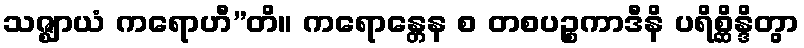
သဇ္ဈာယံ ကရောဟီ”တိ။ ကရောန္တေန စ တစပဉ္စကာဒီနိ ပရိစ္ဆိန္ဒိတွာ